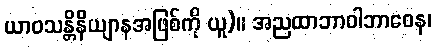
ယာဝသန္တိနိယျာနအဖြစ်ကို ယူ)။ အညထာဘာဝါဘာဝေန၊